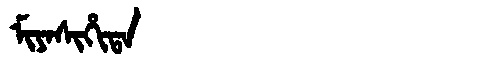
Manchu: ᠮᡳᠶᠠᠰᡳᡥᡳᡨᠠ
Romanization: MIYASIHITA